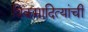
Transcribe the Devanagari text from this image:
विक्रमादित्यांची